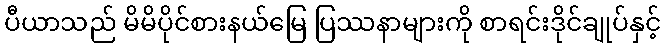
ပီယာသည် မိမိပိုင်စားနယ်မြေ ပြဿနာများကို စာရင်းဒိုင်ချုပ်နှင့်